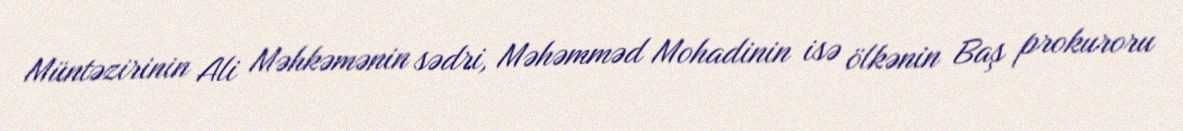
Müntəzirinin Ali Məhkəmənin sədri, Məhəmməd Mohadinin isə ölkənin Baş prokuroru